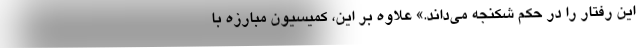
این رفتار را در حکم شکنجه می‌داند.» علاوه بر این، کمیسیون مبارزه با